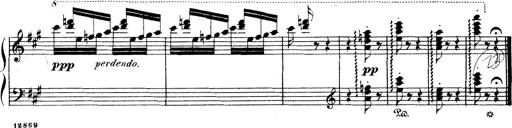
Title: Wagner-Liszt Album
Composer: Franz Liszt